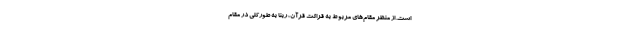
است. از منظر مقام‌های مربوط به قرائت قرآن، ربنّا به طورکلّی در مقام